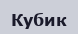
Кубик